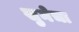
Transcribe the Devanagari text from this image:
सुनेचा